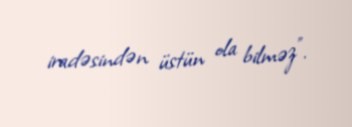
iradəsindən üstün ola bilməz".